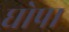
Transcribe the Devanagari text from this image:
घोपा